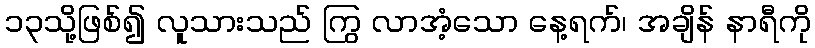
၁၃သို့ဖြစ်၍ လူသားသည် ကြွ လာအံ့သော နေ့ရက်၊ အချိန် နာရီကို